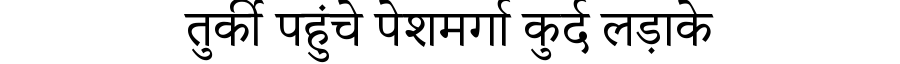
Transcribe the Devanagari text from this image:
तुर्की पहुंचे पेशमर्गा कुर्द लड़ाके